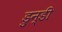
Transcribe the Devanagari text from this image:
डुन्डी